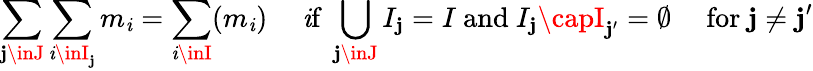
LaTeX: \sum_{\mathbf{j}\inJ}{\sum_{\mathit{i}\inI_{\mathbf{j}}}{m_{\mathit{i}}}}=\sum_{\mathit{i}\inI}(m_{\mathit{i}})\quad{\mathrm{{~\mathit{i}f~}}}\bigcup_{\mathbf{j}\inJ}I_{\mathbf{j}}=I{\mathrm{{~and~}}}I_{\mathbf{j}}\capI_{\mathbf{j}^{\prime}}=\emptyset\quad{\mathrm{{~for~}}}\mathbf{j}\neq\mathbf{j}^{\prime}